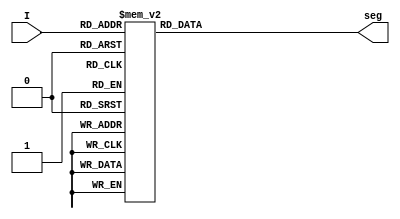
`timescale 1ns / 1ps

module bcd_func(
    input [3:0] I,
    output reg [6:0] seg
    );
	always @ (I)
	begin
		case (I)
			0 : seg = 7'b1111110;
			1 : seg = 7'b0110000;
			2 : seg = 7'b1101101;
			3 : seg = 7'b1111001;
			4 : seg = 7'b0110011;
			5 : seg = 7'b1011011;
			6 : seg = 7'b1011111;
			7 : seg = 7'b1110000;
			8 : seg = 7'b1111111;
			9 : seg = 7'b1110011;
			default : seg = 7'b0000000;
		endcase
	end
					
endmodule